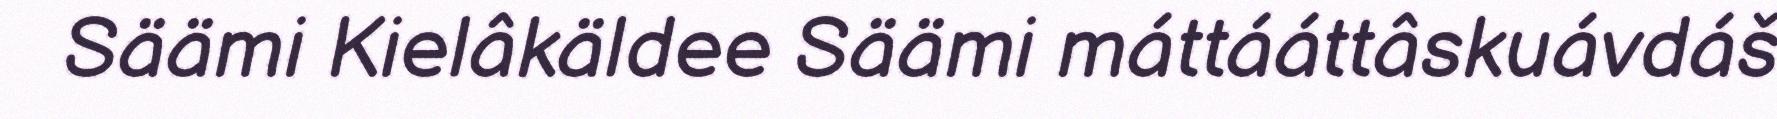
Säämi Kielâkäldee Säämi máttááttâskuávdáš